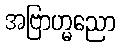
အဗြာဟ္မညော